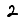
Digit: 2